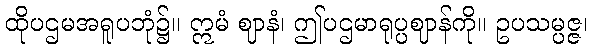
ထိုပဌမအရူပဘုံ၌။ ဣမံ ဈာနံ၊ ဤပဌမာရုပ္ပဈာန်ကို။ ဥပသမ္ပဇ္ဇ၊